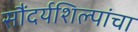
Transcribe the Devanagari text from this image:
सौंदर्यशिल्पांचा